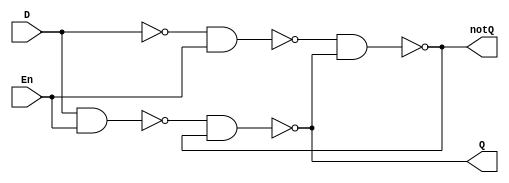
`timescale 1ns/ 1ps //the delay unit is 1ns
`default_nettype none

module d_latch(Q, notQ, En, D);

output wire Q, notQ;
input wire En, D;

//wire nandSEn, nandREn;

wire nandDEn, nandnotDEn,notD;

not #2 notd(notD,D);

nand #2 nand0(nandDEn, D, En);

nand #2 nand1(nandnotDEn,notD, En);

nand #2 nand2(Q,nandDEn,notQ);

nand #2 nand3(notQ,nandnotDEn,Q);


//the rest will be filled in

endmodule